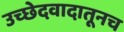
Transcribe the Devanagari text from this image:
उच्छेदवादातूनच